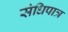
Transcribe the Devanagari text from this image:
संधिपात्र